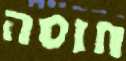
חוסה